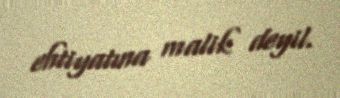
ehtiyatına malik deyil.